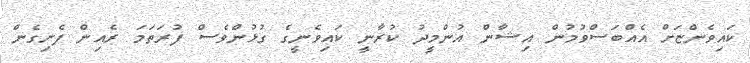
ކައިވެންޏަށް އެއްބަސްވުމުން އިޝާން އުންމީދު ކުރާނީ ކައިވެނީގެ ގުޅުންވެސް ފުރަތަމަ ރެއިން ފެށިގެން